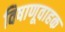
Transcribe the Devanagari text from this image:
विषाणूवाहक